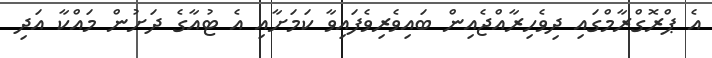
އެ ޕްރޮގްރާމްގައި ދިވެހިރާއްޖެއިން ބައިވެރިވެފައިވާ ކަމަށާއި އެ ޓުއާގެ ދަށުން މައްކާ އަދި